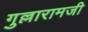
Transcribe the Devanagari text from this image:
गुल्लारामजी